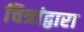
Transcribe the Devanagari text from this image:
चित्रांद्वारा